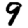
Digit: 9